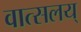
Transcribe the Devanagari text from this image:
वात्सलय्